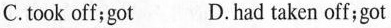
C.took off;got D.had taken off;got